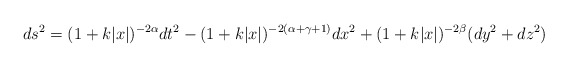
\begin{align*}ds^{2}=(1+k|x|)^{-2\alpha}dt^{2}-(1+k|x|)^{-2(\alpha+\gamma+1)}dx^{2}+ (1+k|x|)^{-2\beta}(dy^{2}+dz^{2})\end{align*}